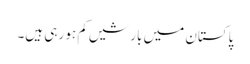
پاکستان میں بارشیں کم ہو رہی ہیں۔